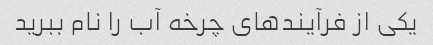
یکی از فرآیندهای چرخه آب را نام ببرید